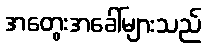
အတွေးအခေါ်များသည်